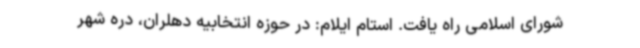
شورای اسلامی راه یافت. استام ایلام: در حوزه انتخابیه دهلران، دره شهر